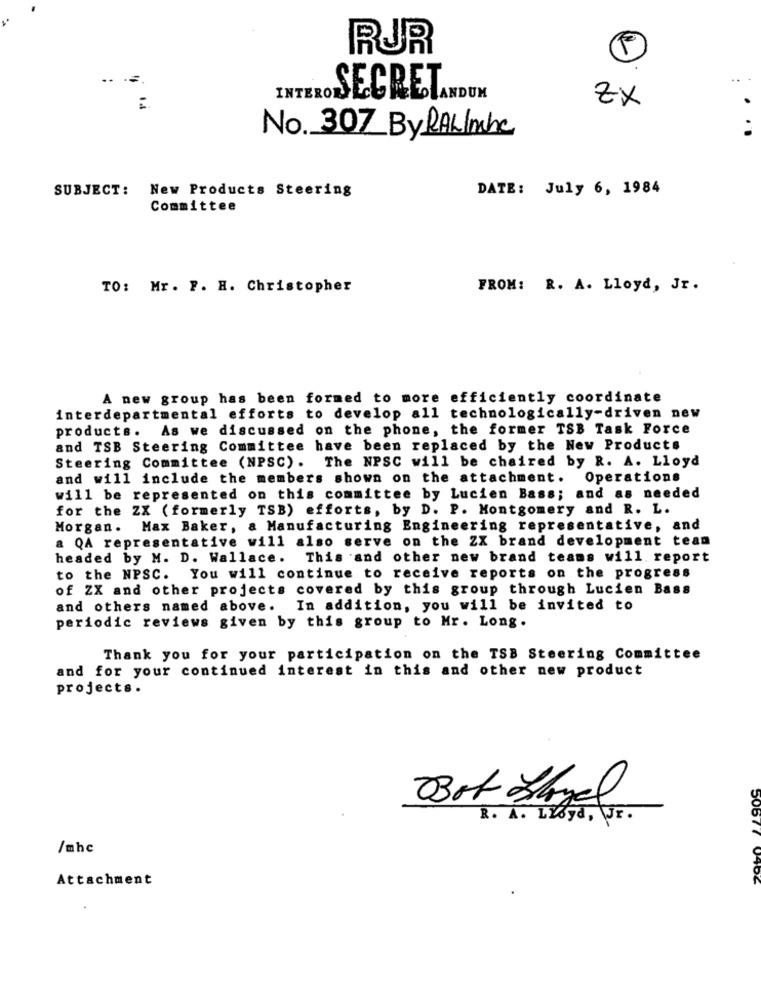
RUR
..
.=
SECRETANDUN
ZX
No. 307 By RALImbe
SUBJECT: New Products Steering
DATE: July 6, 1984
Committee
TO: Mr. P. H. Christopher
FROM: R. A. Lloyd, Jr.
A new group has been formed to more efficiently coordinate
interdepartmental efforts to develop all technologically-driven new
products. As we discussed on the phone, the former TSB Task Force
and TSB Steering Committee have been replaced by the New Products
Steering Committee (NPSC). The NPSC will be chaired by R. A. Lloyd
and will include the members shown on the attachment. Operations
will be represented on this committee by Lucien Bass; and as needed
for the ZX (formerly TSB) efforts, by D. P. Montgomery and R. L.
Morgan. Max Baker,
a Manufacturing Engineering representative, and
a QA representative will also serve on the ZX brand development team
headed by M. D. Wallace. This and other new brand teams will report
to the NPSC. You will continue to receive reports on the progress
of ZX and other projects covered by this group through Lucien Bass
and others named above. In addition, you will be invited to
periodic reviews given by this group to Mr. Long.
Thank you for your participation on the TSB Steering Committee
and for your continued interest in this and other new product
projects.
Bok Share
R. A. Lloyd, Jr.
/mhc
Attachment
506 77 0406